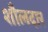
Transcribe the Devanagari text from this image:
शौलदार